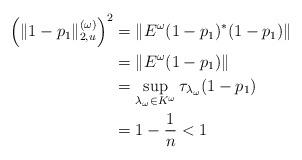
LaTeX: \begin{align*}\left( \| 1- p_1\|_{2,u}^{(\omega)}\right)^2 &= \left\| E^\omega(1-p_1)^*(1-p_1) \right\| \\&= \left\| E^\omega(1-p_1) \right\| \\&= \sup_{\lambda_\omega\in K^\omega}\tau_{\lambda_\omega}(1-p_1) \\&= 1-\frac{1}{n} < 1\end{align*}